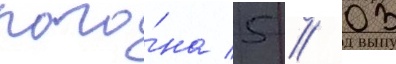
пого́на 5 / 03